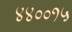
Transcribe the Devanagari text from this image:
४४००१५